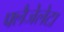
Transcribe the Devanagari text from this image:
फ्लैजेलेटा